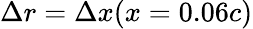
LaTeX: \Delta r=\Delta x(x=0.06c)